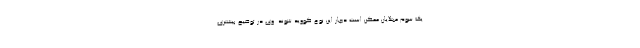
یک سوم مبتلایان ممکن است دچار این نوع کووید شوند. وی در توضیح بیشتری